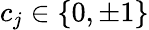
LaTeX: c_{j}\in\{ 0,\pm 1\}